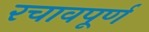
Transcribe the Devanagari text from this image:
रचावपूर्ण